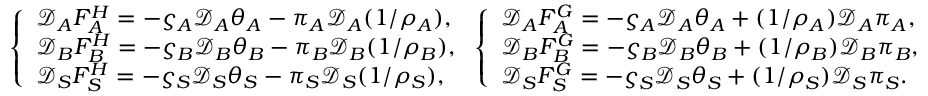
\left\{ \begin{array} { l l } { \mathcal { D } _ { A } F _ { A } ^ { H } = - \varsigma _ { A } \mathcal { D } _ { A } \theta _ { A } - \pi _ { A } \mathcal { D } _ { A } ( 1 / { \rho _ { A } } ) , } \\ { \mathcal { D } _ { B } F _ { B } ^ { H } = - \varsigma _ { B } \mathcal { D } _ { B } \theta _ { B } - \pi _ { B } \mathcal { D } _ { B } ( 1 / { \rho _ { B } } ) , } \\ { \mathcal { D } _ { S } F _ { S } ^ { H } = - \varsigma _ { S } \mathcal { D } _ { S } \theta _ { S } - \pi _ { S } \mathcal { D } _ { S } ( 1 / { \rho _ { S } } ) , } \end{array} \right. \left\{ \begin{array} { l l } { \mathcal { D } _ { A } F _ { A } ^ { G } = - \varsigma _ { A } \mathcal { D } _ { A } \theta _ { A } + ( 1 / { \rho _ { A } } ) \mathcal { D } _ { A } \pi _ { A } , } \\ { \mathcal { D } _ { B } F _ { B } ^ { G } = - \varsigma _ { B } \mathcal { D } _ { B } \theta _ { B } + ( 1 / { \rho _ { B } } ) \mathcal { D } _ { B } \pi _ { B } , } \\ { \mathcal { D } _ { S } F _ { S } ^ { G } = - \varsigma _ { S } \mathcal { D } _ { S } \theta _ { S } + ( 1 / { \rho _ { S } } ) \mathcal { D } _ { S } \pi _ { S } . } \end{array} \right.